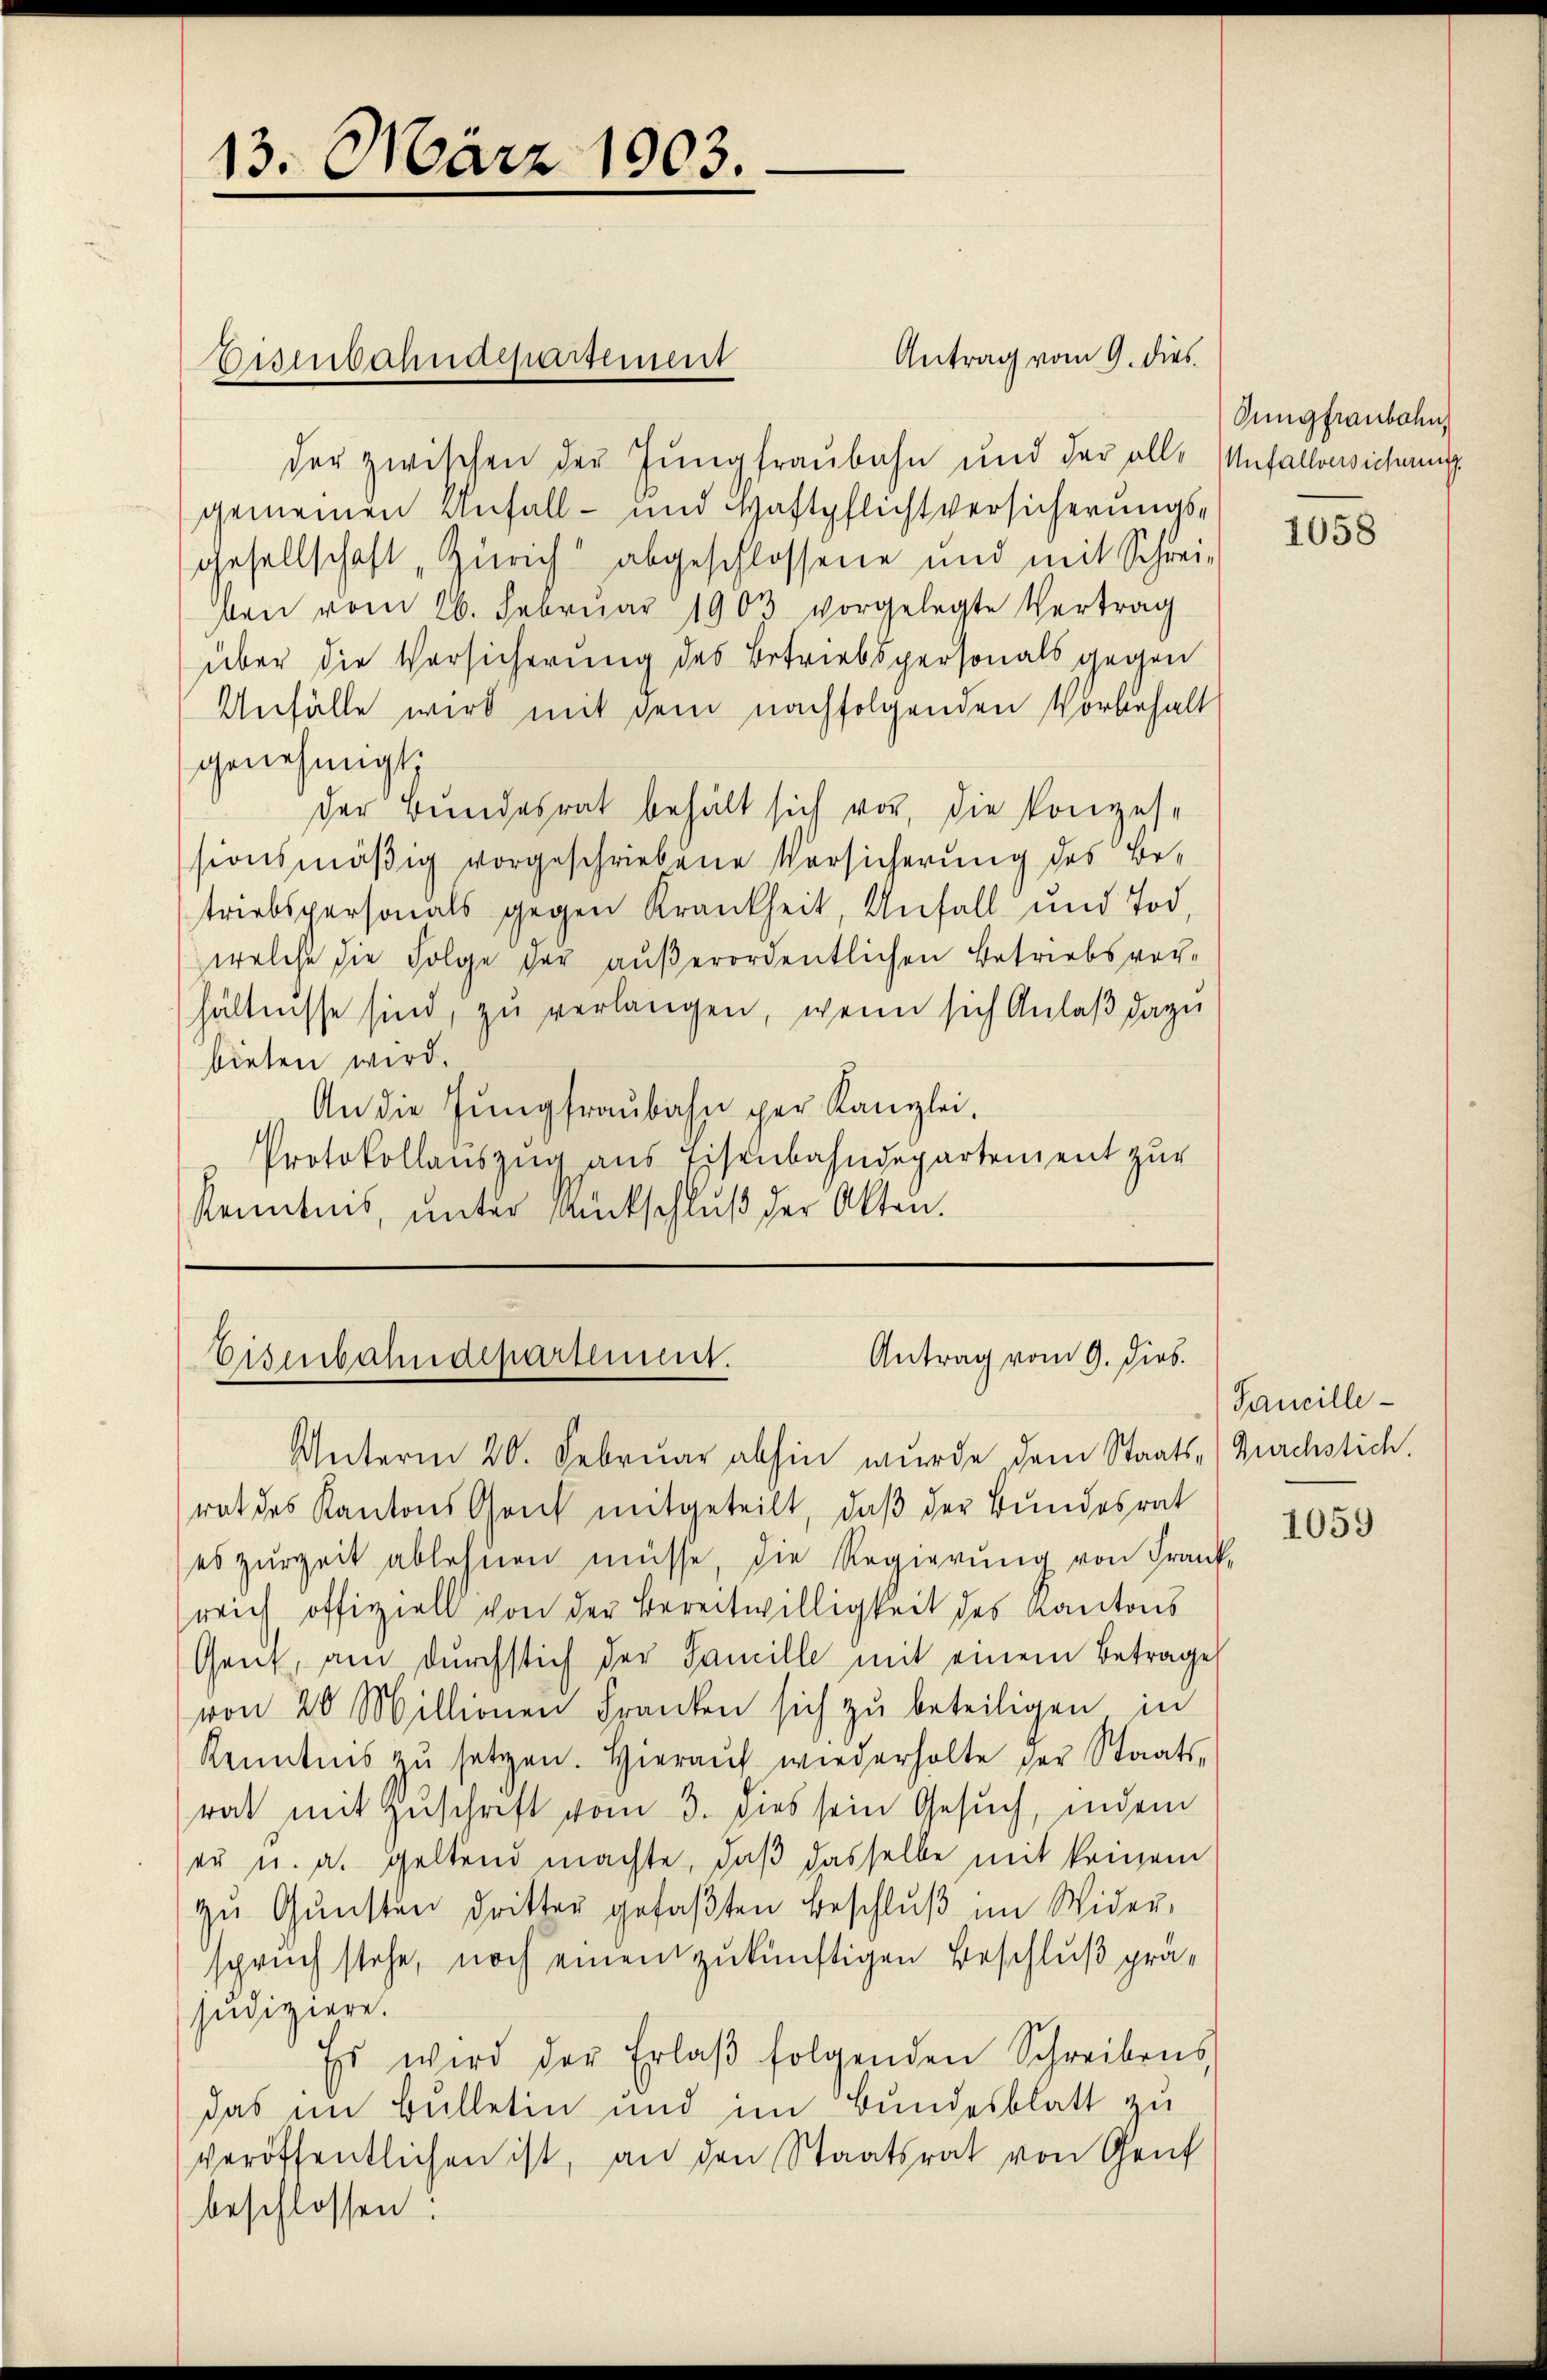
13. März 1903.

Disenbahnaepartement

der zwischen der Jungfraubahn und der alle Unfalleichnung
gemeinen Unfall- und Schaftpflichtversicherungsgesellschaft „Zürich abgeschlossene und mit Schrei-
ben vom 26. Februar 1903 vorgelegte Vertrag
über die Versicherung des Betriebspersonals gegen
Unfälle wird mit dem nachfolgenden Vorbehalt
genehmigt.
der Bundesrat behält sich vor, die Konzessionsmäßig vorgeschriebene Versicherung des Betriebspersonals gegen Krankheit, Anfall und Tod,
welche die Folge der außerordentlichen Betriebsver-
hältnisse sind, zu verlangen, wenn sich Anlaß dazu
bieten wird.
An die Jungfraubahn per Kanzlei.
Protokollauszug aus Eisenbahndepartement zur
Kenntnis, unter Amtschluß der Akten.

Antrag vom 9. dies

Antrag vom 9. Dieb.
Eisenbahndepartement.

Jungfraubahn,

Unterm 20. Februar abhin wurde dem Staats- (Durchstich.
rat des Kantons Gant mitgeteilt, daβ der Bundesrat
es zŭrzeit ablehnen müsse, die Regierŭng von Frank-
reich offiziell von der Bereitwilligkeit des Kantons
Gent, am dŭrchstich der Famille mit einem Betrage
von 20 Millionen Franken sich zu beteiligen in
Kenntnis zŭ setzen. Hieraŭf wiederholte der Staats-
rat mit Zuschrift vom 3. dies sein Gesuch, indem
er u. a. geltend machte, daß dasselbe mit keinem
zŭ Gŭnsten dritter gefaβten Beschlŭβ im Wider-
spruch stehe, noch einen zukünftigen Beschluß präjudiziere.
Es wird der Erlaβ folgenden Schreibens
das im Bulletin und im Bundesblatt zu
veröffentlichen ist, an den Staatsrat von Genf
beschlossen!

1058

Sancille

1059